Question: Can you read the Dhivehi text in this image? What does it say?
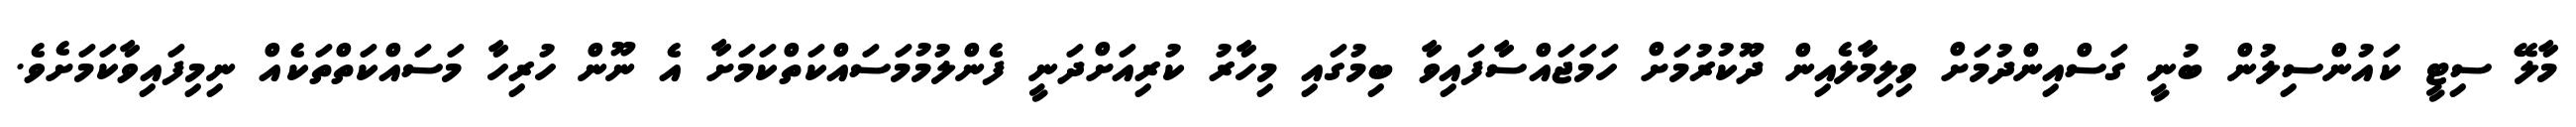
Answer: މާލޭ ސިޓީ ކައުންސިލުން ބުނީ ގަސްއިންދުމަށް ވިލިމާލެއިން ދޫކުރުމަށް ހަމަޖައްސާފައިވާ ބިމުގައި މިހާރު ކުރިއަށްދަނީ ފެންލުމުމަސައްކަތްކަމަށާ އެ ނޫން ހުރިހާ މަސައްކަތްތަކެއް ނިމިފައިވާކަމަށެވެ.